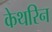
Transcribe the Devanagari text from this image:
केथरिन